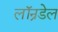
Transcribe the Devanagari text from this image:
लॉन्रडेल